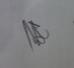
Signature authenticity: genuine